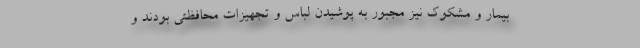
بیمار و مشکوک نیز مجبور به پوشیدن لباس‌ و تجهیزات محافظتی بودند و